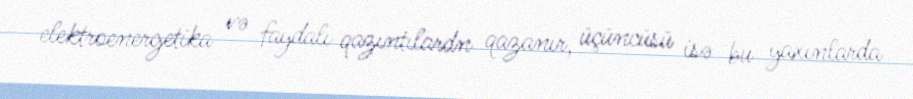
elektroenergetika və faydalı qazıntılardn qazanır, üçüncüsü isə bu yaxınlarda